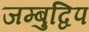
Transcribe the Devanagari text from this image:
जम्‍बुद्विप